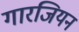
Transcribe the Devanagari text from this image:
गारजियन